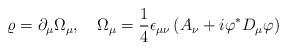
LaTeX: \begin{align*}\varrho = \partial_{\mu}\Omega_{\mu}, \quad\Omega_{\mu}=\frac14\epsilon_{\mu\nu}\left(A_{\nu}+i\varphi^*D_{\mu}\varphi\right)\end{align*}